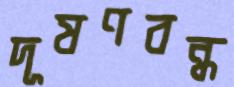
দূষণবন্ধ